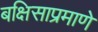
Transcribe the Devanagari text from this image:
बक्षिसाप्रमाणे